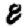
Digit: 8